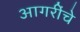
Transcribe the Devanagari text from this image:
आगरींचे